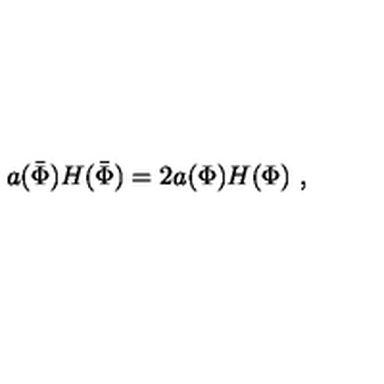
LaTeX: a ( \bar { \Phi } ) H ( \bar { \Phi } ) = 2 a ( \Phi ) H ( \Phi ) \ ,